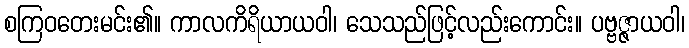
စကြဝတေးမင်း၏။ ကာလကိရိယာယဝါ၊ သေသည်ဖြင့်လည်းကောင်း။ ပဗ္ဗဇ္ဇာယဝါ၊